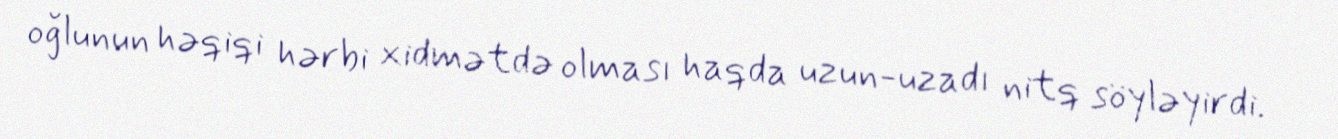
oğlunun həqiqi hərbi xidmətdə olması haqda uzun-uzadı nitq söyləyirdi.